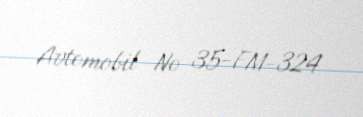
Avtomobil № 35-FM-324